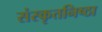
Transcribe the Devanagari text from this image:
संस्कृतनिष्ठा